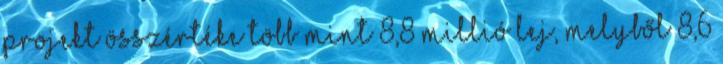
projekt összértéke több mint 8,8 millió lej, melyből 8,6